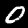
Label: 0